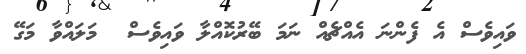
ވައިވެސް އެ ފެންނަ އެއްޗެއް ނަމަ ބޭރުކޮއްލާ ވައިވެސް  މަލައްވާ މަގޭ